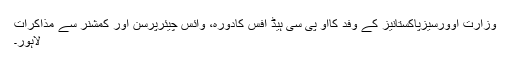
وزارت اوورسیزپاکستانیز کے وفد کااو پی سی ہیڈ آفس کادورہ، وائس چیئرپرسن اور کمشنر سے مذاکرات
لاہور۔